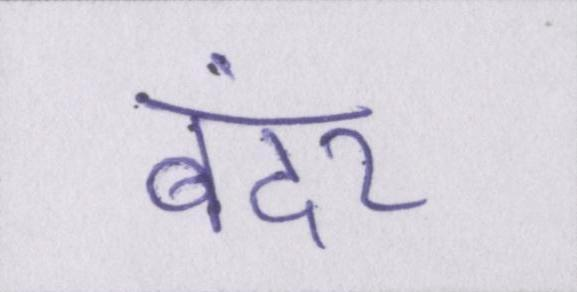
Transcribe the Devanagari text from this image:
बंदर